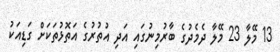
13 މޭލާ 23 މޭލާ ދެމެދުގެ ބާރުމިނުގައި އަދި އުތުރުގެ އަތޮޅުތަކަށް ގަޑިއަކު